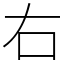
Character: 右